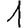
Digit: 1